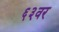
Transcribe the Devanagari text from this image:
६३वर